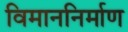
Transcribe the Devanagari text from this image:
विमाननिर्माण